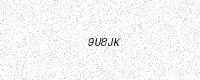
Text: 9U8JK